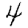
Digit: 4